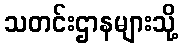
သတင်းဌာနများသို့